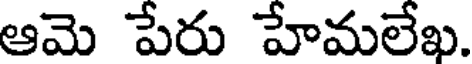
ఆమె పేరు హేమలేఖ.